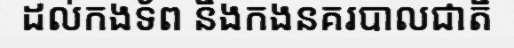
ដល់កងទ័ព និងកងនគរបាលជាតិ